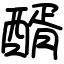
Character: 醑